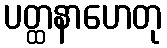
ပတ္ထနာဟေတု